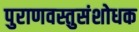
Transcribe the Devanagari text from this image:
पुराणवस्तुसंशोधक